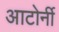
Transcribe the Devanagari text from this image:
आटोर्नी